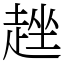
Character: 趖